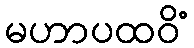
မဟာပထဝိံ